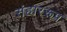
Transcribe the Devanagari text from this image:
संहाररूप